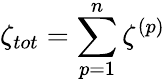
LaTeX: \zeta_{tot}=\sum_{p=1}^{n}\zeta^{(p)}